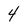
Character: 4